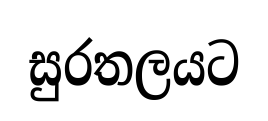
සුරතලයට